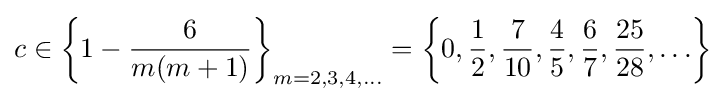
c\in \left\{1-{\frac {6}{m(m+1)}}\right\}_{m=2,3,4,\ldots }=\left\{0,{\frac {1}{2}},{\frac {7}{10}},{\frac {4}{5}},{\frac {6}{7}},{\frac {25}{28}},\ldots \right\}